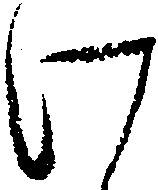
け